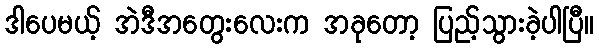
ဒါပေမယ့် အဲဒီအတွေးလေးက အခုတော့ ပြည့်သွားခဲ့ပါပြီ။